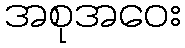
အစုအဝေး